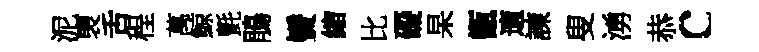
泥褏舌程萬鯨氈鵑鬢縮比礙杲甑適諫叟湧恭c